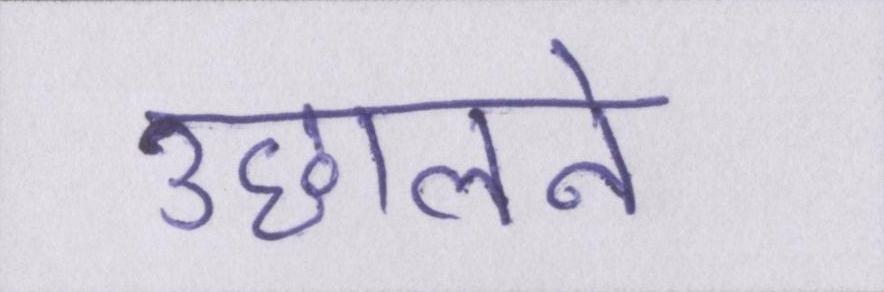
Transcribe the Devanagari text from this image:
उछालने